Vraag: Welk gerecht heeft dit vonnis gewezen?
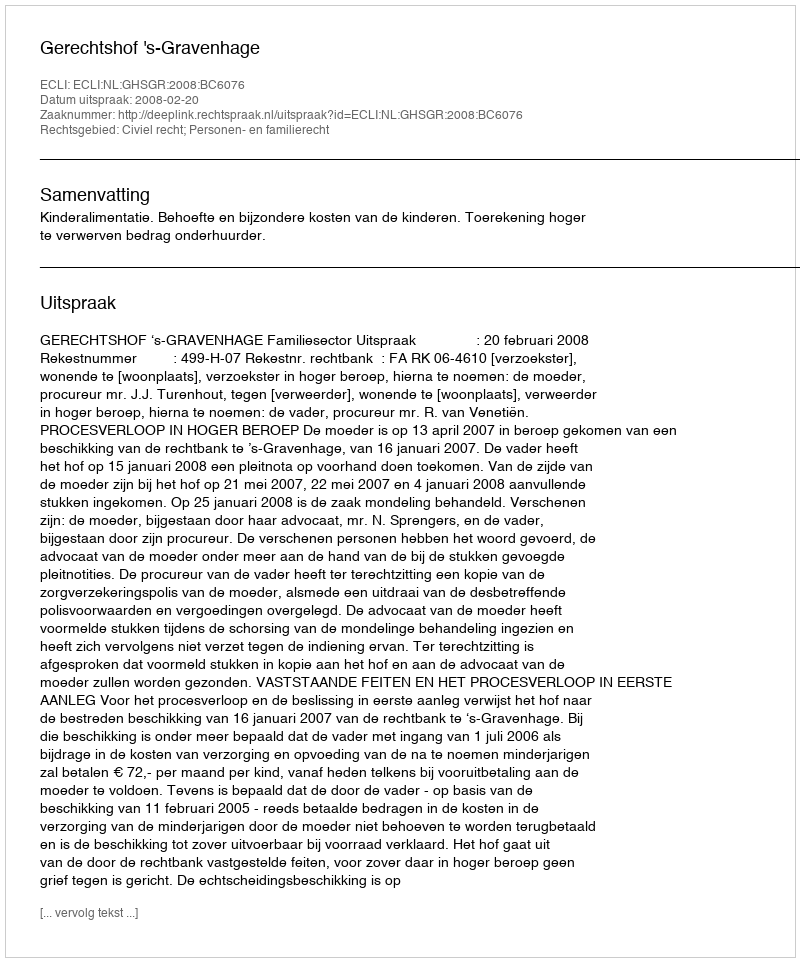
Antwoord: Gerechtshof 's-Gravenhage